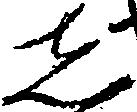
し